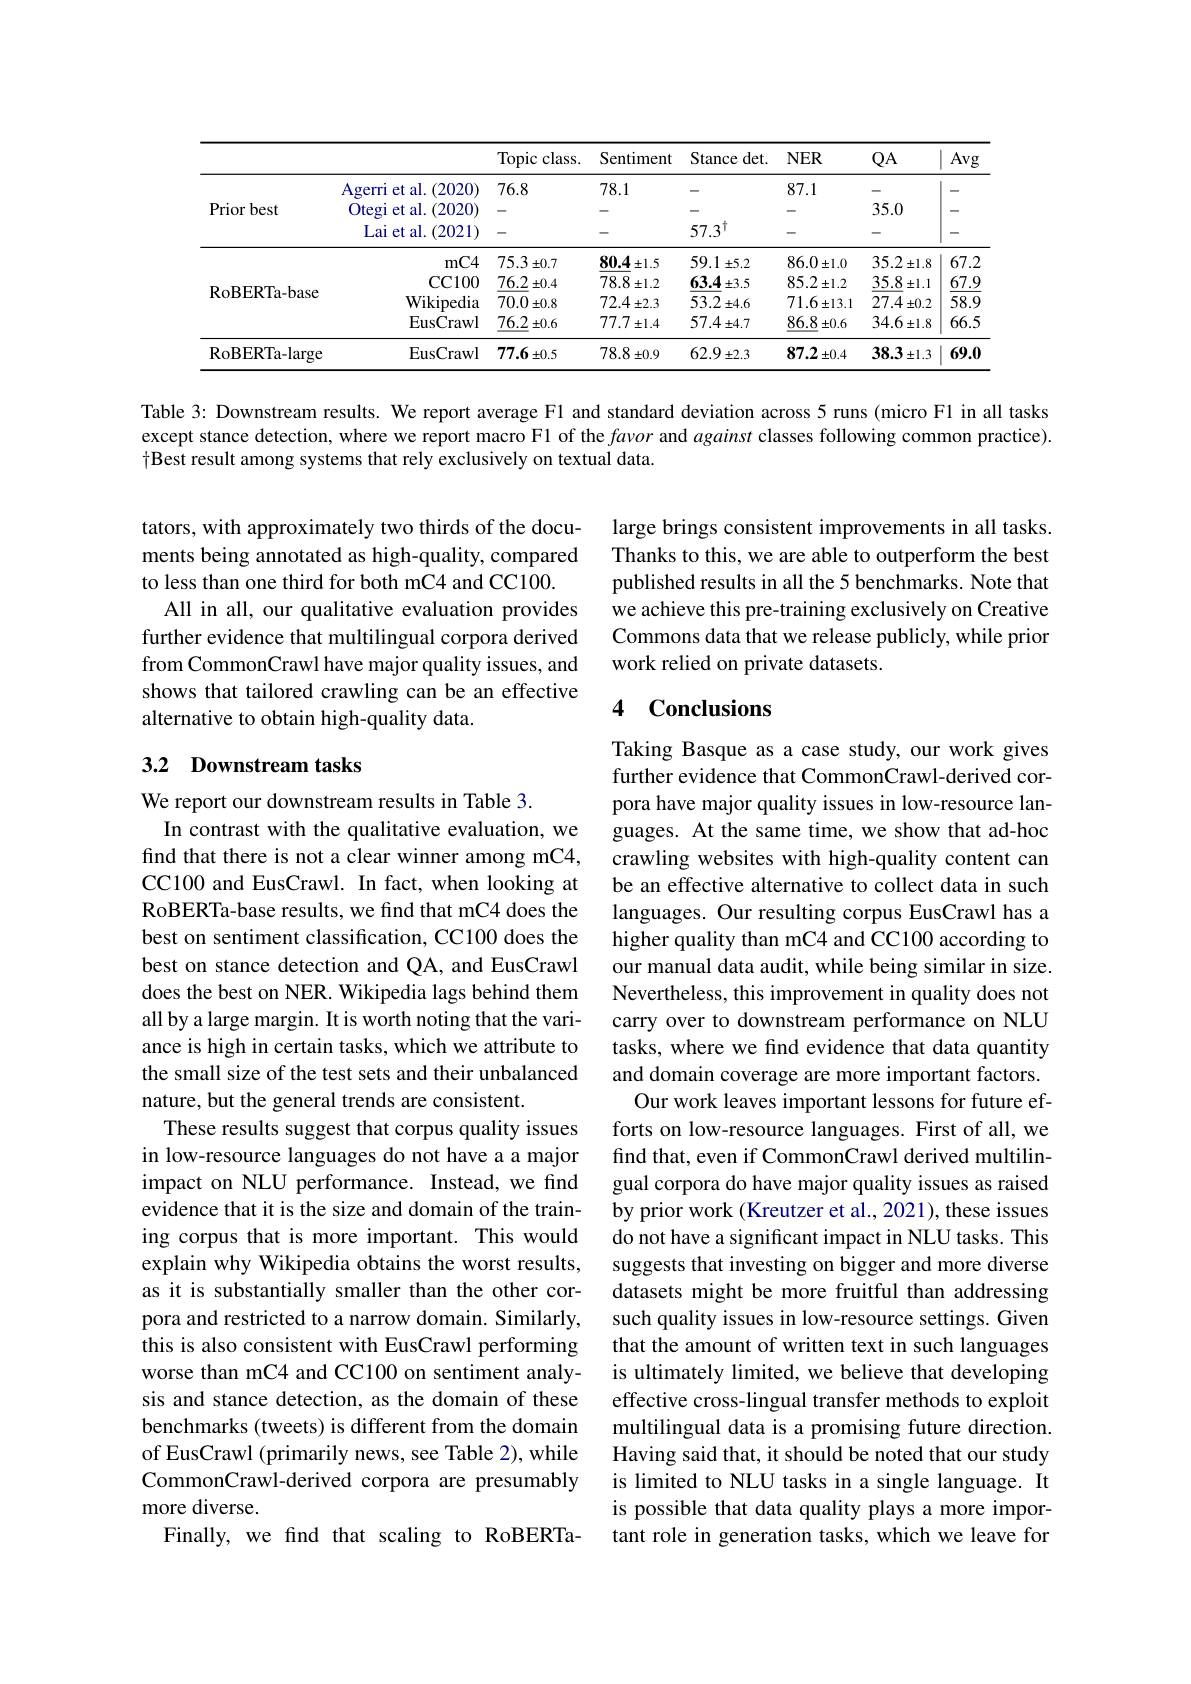
<table>
	<tbody>
		<tr>
			<th> </th>
			<th> </th>
			<th>Topic c $class.$</th>
			<th>Sentiment</th>
			<th>Stance $\det.$</th>
			<th>$NER$</th>
			<th>$QA$</th>
			<th>Avg</th>
		</tr>
		<tr>
			<td rowspan="3">Prior best</td>
			<td>Agerri et al. 1.(2020)</td>
			<td>76.8</td>
			<td>78.1</td>
			<td>-</td>
			<td>87.1</td>
			<td> </td>
			<td>- </td>
		</tr>
		<tr>
			<td>Otegi i et al.(2020)</td>
			<td> </td>
			<td> </td>
			<td> </td>
			<td> </td>
			<td>35.0</td>
			<td>一 </td>
		</tr>
		<tr>
			<td>Lai et al. ( 2021) </td>
			<td> </td>
			<td> </td>
			<td>$57.3^{\intercal}$</td>
			<td>-</td>
			<td>-</td>
			<td>- </td>
		</tr>
		<tr>
			<td rowspan="4">$\operatorname{RoBERTa-base}$</td>
			<td>$mC4$</td>
			<td>75.3 $\pm0.7$</td>
			<td>$80.4\pm1.5$</td>
			<td>59.1 $\pm5.2$</td>
			<td>86.0 $\pm1.0$</td>
			<td>$35.2\pm1.8$</td>
			<td>67.2</td>
		</tr>
		<tr>
			<td>CC100</td>
			<td>76.2 $\pm0.4$ e</td>
			<td>78.8 $\pm1.2$</td>
			<td>$63.4\pm3.5$</td>
			<td>$85.2\pm1.2$</td>
			<td>35.8 $\pm1.1$</td>
			<td>67.9</td>
		</tr>
		<tr>
			<td>Wikipedia</td>
			<td>70.0 $\pm0.8$</td>
			<td>$$72.4\pm2.3$$</td>
			<td>53.2 $\pm4.6$</td>
			<td>$71.6\pm13.1$</td>
			<td>27.4 $\pm0.2$</td>
			<td>58.9</td>
		</tr>
		<tr>
			<td>EusCrawl</td>
			<td>$\underline{76.2}$ $\pm0.6$</td>
			<td>77.7 $\pm1.4$</td>
			<td>$57.4\pm4.7$</td>
			<td>86.8 $\pm0.6$</td>
			<td>$34.6\pm1.8$</td>
			<td>66.5</td>
		</tr>
		<tr>
			<td>RoBERTa- large</td>
			<td>EusCrawl</td>
			<td>77.6 $\pm0.5$</td>
			<td>78.8 $\pm0.9$</td>
			<td>62.9 $\pm2.3$</td>
			<td>87.2 $\pm0.4$</td>
			<td>38.3 $\pm1.3$</td>
			<td>69.0</td>
		</tr>
	</tbody>
</table>

Table 3: Downstream results. We report average Fl and standard deviation across 5 runs (micro Fl in all tasks except stance detection, where we report macro Fl of the favor and against classes following common practice). $\dagger$Best result among systems that rely exclusively on textual data.

tators, with approximately two thirds of the documents being annotated as high-quality, compared to less than one third for both mC4 and CC100.
All in all, our qualitative evaluation provides further evidence that multilingual corpora derived from CommonCrawl have major quality issues, and shows that tailored crawling can be an effective alternative to obtain high-quality data.

## 3.2 Downstream tasks

We report our downstream results in Table 3.
In contrast with the qualitative evaluation, we find that there is not a clear winner among mC4, CC100 and EusCrawl. In fact, when looking at RoBERTa-base results, we find that mC4 does the best on sentiment classification, CC100 does the best on stance detection and QA, and EusCrawl does the best on NER. Wikipedia lags behind them all by a large margin. It is worth noting that the variance is high in certain tasks, which we attribute to the small size of the test sets and their unbalanced nature, but the general trends are consistent.
These results suggest that corpus quality issues in low-resource languages do not have a a major impact on NLU performance. Instead, we find evidence that it is the size and domain of the training corpus that is more important. This would explain why Wikipedia obtains the worst results, as it is substantially smaller than the other corpora and restricted to a narrow domain. Similarly, this is also consistent with EusCrawl performing worse than mC4 and CC100 on sentiment analysis and stance detection, as the domain of these benchmarks (tweets) is different from the domain of EusCrawl (primarily news, see Table 2), while CommonCrawl-derived corpora are presumably more diverse.
Finally, we find that scaling to RoBERTa-

large brings consistent improvements in all tasks. Thanks to this, we are able to outperform the best published results in all the 5 benchmarks. Note that we achieve this pre-training exclusively on Creative Commons data that we release publicly, while prior work relied on private datasets.

## 4 Conclusions

Taking Basque as a case study, our work gives further evidence that CommonCrawl-derived corpora have major quality issues in low-resource languages. At the same time, we show that ad-hoc crawling websites with high-quality content can be an effective alternative to collect data in such languages. Our resulting corpus EusCrawl has a higher quality than mC4 and CC100 according to our manual data audit, while being similar in size. Nevertheless, this improvement in quality does not carry over to downstream performance on NLU tasks, where we find evidence that data quantity and domain coverage are more important factors.
Our work leaves important lessons for future efforts on low-resource languages. First of all, we find that, even if CommonCrawl derived multilingual corpora do have major quality issues as raised by prior work (Kreutzer et al., 2021), these issues do not have a significant impact in NLU tasks. This suggests that investing on bigger and more diverse datasets might be more fruitful than addressing such quality issues in low-resource settings. Given that the amount of written text in such languages is ultimately limited, we believe that developing effective cross-lingual transfer methods to exploit multilingual data is a promising future direction. Having said that, it should be noted that our study is limited to NLU tasks in a single language. It is possible that data quality plays a more important role in generation tasks, which we leave for